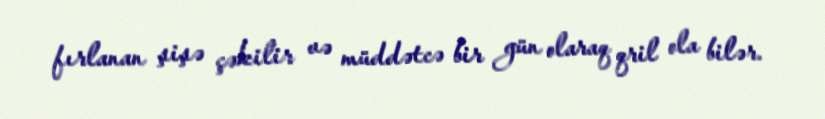
fırlanan şişə çəkilir və müddətcə bir gün olaraq qril ola bilər.